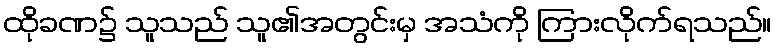
ထိုခဏ၌ သူသည် သူ၏အတွင်းမှ အသံကို ကြားလိုက်ရသည်။